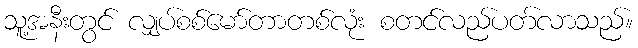
သူ့အနီးတွင် လျှပ်စစ်မော်တာတစ်လုံး စတင်လည်ပတ်လာသည်။